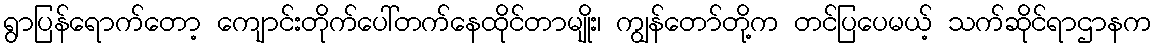
ရွာပြန်ရောက်တော့ ကျောင်းတိုက်ပေါ်တက်နေထိုင်တာမျိုး၊ ကျွန်တော်တို့က တင်ပြပေမယ့် သက်ဆိုင်ရာဌာနက